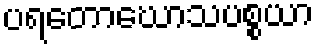
ပရတောဃောသပစ္စယာ